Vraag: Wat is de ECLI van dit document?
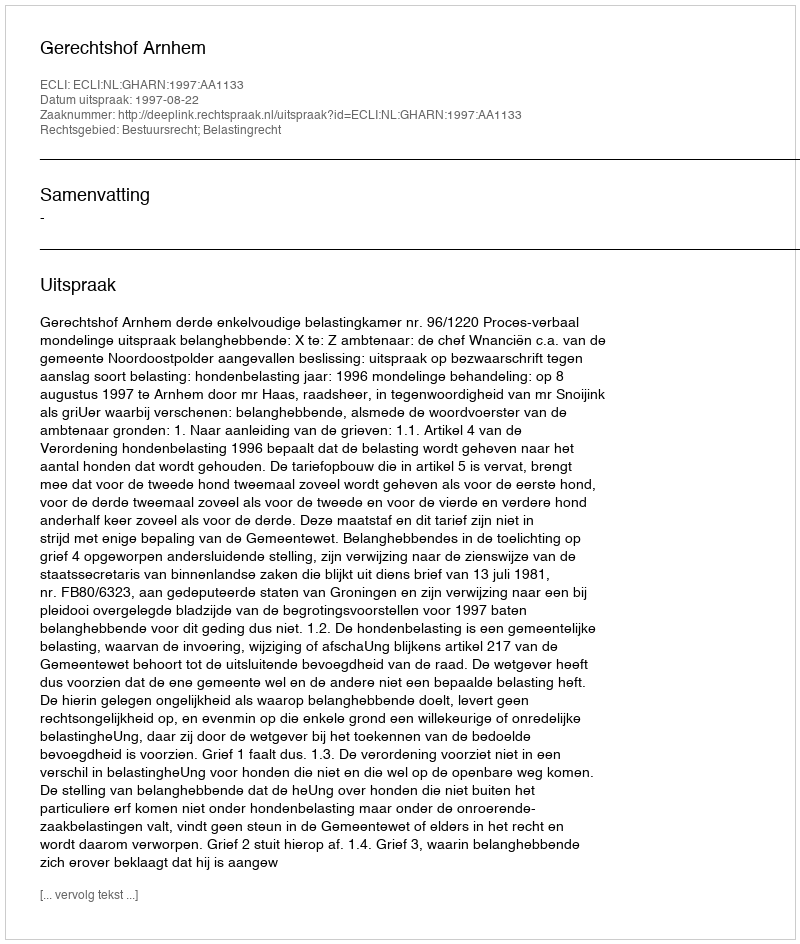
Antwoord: ECLI:NL:GHARN:1997:AA1133